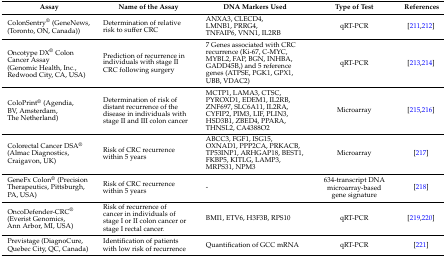
<table><thead><tr><td><b>Assay</b></td><td><b>Name of the Assay</b></td><td><b>DNA Markers Used</b></td><td><b>Type of Test</b></td><td><b>References</b></td></tr></thead><tbody><tr><td>ColonSentry<sup>®</sup> (GeneNews, (Toronto, ON, Canada))</td><td>Determination of relative risk to suffer CRC</td><td>ANXA3, CLECD4, LMNB1, PRRG4, TNFAIP6, VNN1, IL2RB</td><td>qRT-PCR</td><td>[211,212]</td></tr><tr><td>Oncotype DX<sup>®</sup> Colon Cancer Assay (Genomic Health, Inc., Redwood City, CA, USA)</td><td>Prediction of recurrence in individuals with stage II CRC following surgery</td><td>7 Genes associated with CRC recurrence (Ki-67, C-MYC, MYBL2, FAP, BGN, INHBA, GADD45B,) and 5 reference genes (ATPSE, PGK1, GPX1, UBB, VDAC2)</td><td>qRT-PCR</td><td>[213,214]</td></tr><tr><td>ColoPrint<sup>®</sup> (Agendia, BV, Amsterdam, The Netherland)</td><td>Determination of risk of distant recurrence of the disease in individuals with stage II and III colon cancer</td><td>MCTP1, LAMA3, CTSC, PYROXD1, EDEM1, IL2RB, ZNF697, SLC6A11, IL2RA, CYFIP2, PIM3, LIF, PLIN3, HSD3B1, ZBED4, PPARA, THNSL2, CA4388O2</td><td>Microarray</td><td>[215,216]</td></tr><tr><td>Colorectal Cancer DSA<sup>®</sup> (Almac Diagnostics, Craigavon, UK)</td><td>Risk of CRC recurrence within 5 years</td><td>ABCC3, FGF1, ISG15, OXNAD1, PPP2CA, PRKACB, TP53INP1, ARHGAP18, BEST1, FKBP5, KITLG, LAMP3, MRPS31, NPM3</td><td>Microarray</td><td>[217]</td></tr><tr><td>GeneFx Colon<sup>®</sup> (Precision Therapeutics, Pittsburgh, PA, USA)</td><td>Risk of CRC recurrence within 5 years</td><td>-</td><td>634-transcript DNA microarray-based gene signature</td><td>[218]</td></tr><tr><td>OncoDefender-CRC<sup>®</sup> (Everist Genomics, Ann Arbor, MI, USA)</td><td>Risk of recurrence of cancer in individuals of stage I or II colon cancer or stage I rectal cancer.</td><td>BMI1, ETV6, H3F3B, RPS10</td><td>qRT-PCR</td><td>[219,220]</td></tr><tr><td>Previstage (DiagnoCure, Quebec City, QC, Canada)</td><td>Identification of patients with low risk of recurrence</td><td>Quantification of GCC mRNA</td><td>qRT-PCR</td><td>[221]</td></tr></tbody></table>